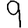
Digit: 9